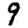
Digit: 9